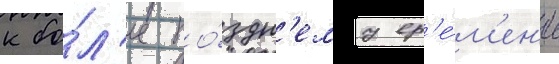
к бо́л'ее по́здн'ему вр'е́м'ен'и